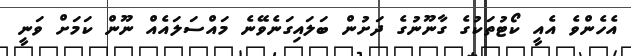
އެހެންވެ އެއީ ކޯޓުތަކުގެ ގާނޫނުގެ ދަށުން ބަލައިގަނެވޭނެ މައްސަލައެއް ނޫން ކަމަށް ވަނީ